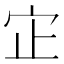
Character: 𫲺